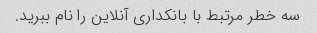
سه خطر مرتبط با بانکداری آنلاین را نام ببرید.